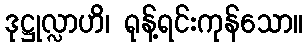
ဒုဋ္ဌုလ္လာဟိ၊ ရုန့်ရင်းကုန်သော။